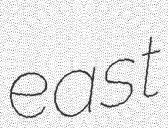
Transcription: east